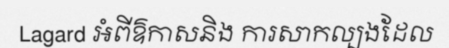
Lagard អំពីឱកាសនិង ការសាកល្បងដែល